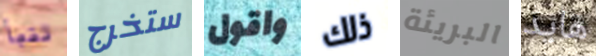
تنبأ ستخرج واقول ذلك البريئة هايد